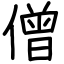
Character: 僧